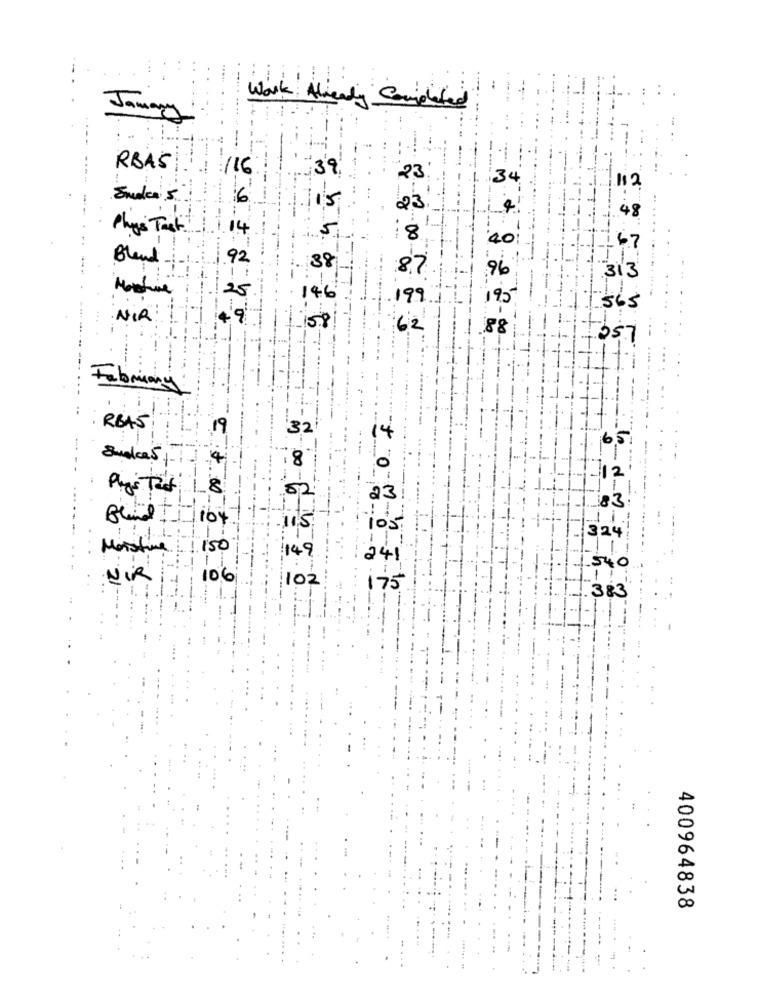
Work Already Completed
Jamary
:-
RBAS
/16
3
23
34
12
6
23
48
Phys Tack .
14
5
8
40
67
Bland
.92
38
96
313
Martine
2
146
99
565
NIR
62
057
Fabriany
RBAS
19
321
14
651
4
-
0
12
8
52
23
1by
105
324
Moisting
150
149
241
540
NIR
106
102
11
175
383
400964838